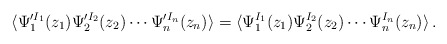
\begin{align*}\langle\Psi_{1}^{\prime I_{1}}(z_{1})\Psi_{2}^{\prime I_{2}}(z_{2}) \cdots\Psi_{n}^{\prime I_{n}}(z_{n})\rangle=\langle \Psi_{1}^{I_{1}}(z_{1})\Psi_{2}^{I_{2}} (z_{2})\cdots \Psi_{n}^{I_{n}}(z_{n})\rangle\,.\end{align*}